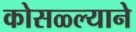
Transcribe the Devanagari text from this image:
कोसळ्ल्याने